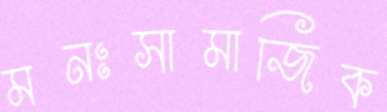
মনঃসামাজিক